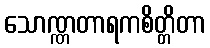
သောဏ္ဏတာရကစိတ္တိတာ